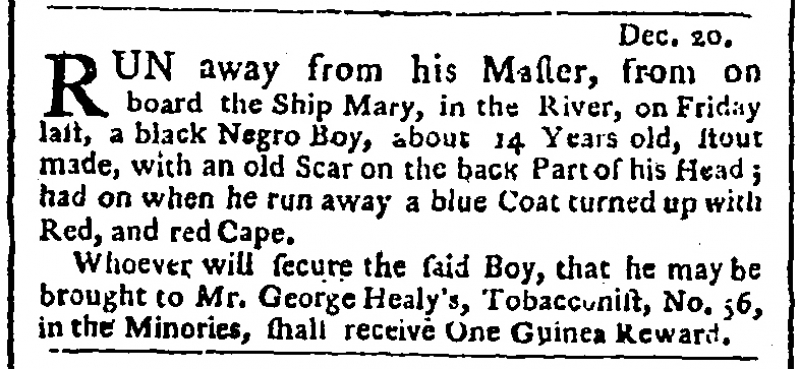
Public Advertiser, 21 December 1771 (England)
                                        Dec. 20.RUN away from his Master, from on board the Ship Mary, in the River, on Friday last, a black Negro Boy, about 14 Years old, stout made, with an old Scar on the back Part of his Head; had on when he run away a blue Coat turned up with Red, and red Cape.   Whoever will secure the said Boy, that he may be brought to Mr George Healy’s, Tobacconist, No. 56, in the Minories, shall receive One Guinea Reward.